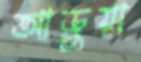
আড়ুয়া